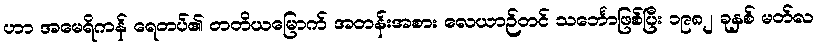
ဟာ အမေရိကန် ရေတပ်၏ တတိယမြောက် အတန်းအစား လေယာဉ်တင် သင်္ဘောဖြစ်ပြီး ၁၉၈၂ ခုနှစ် မတ်လ